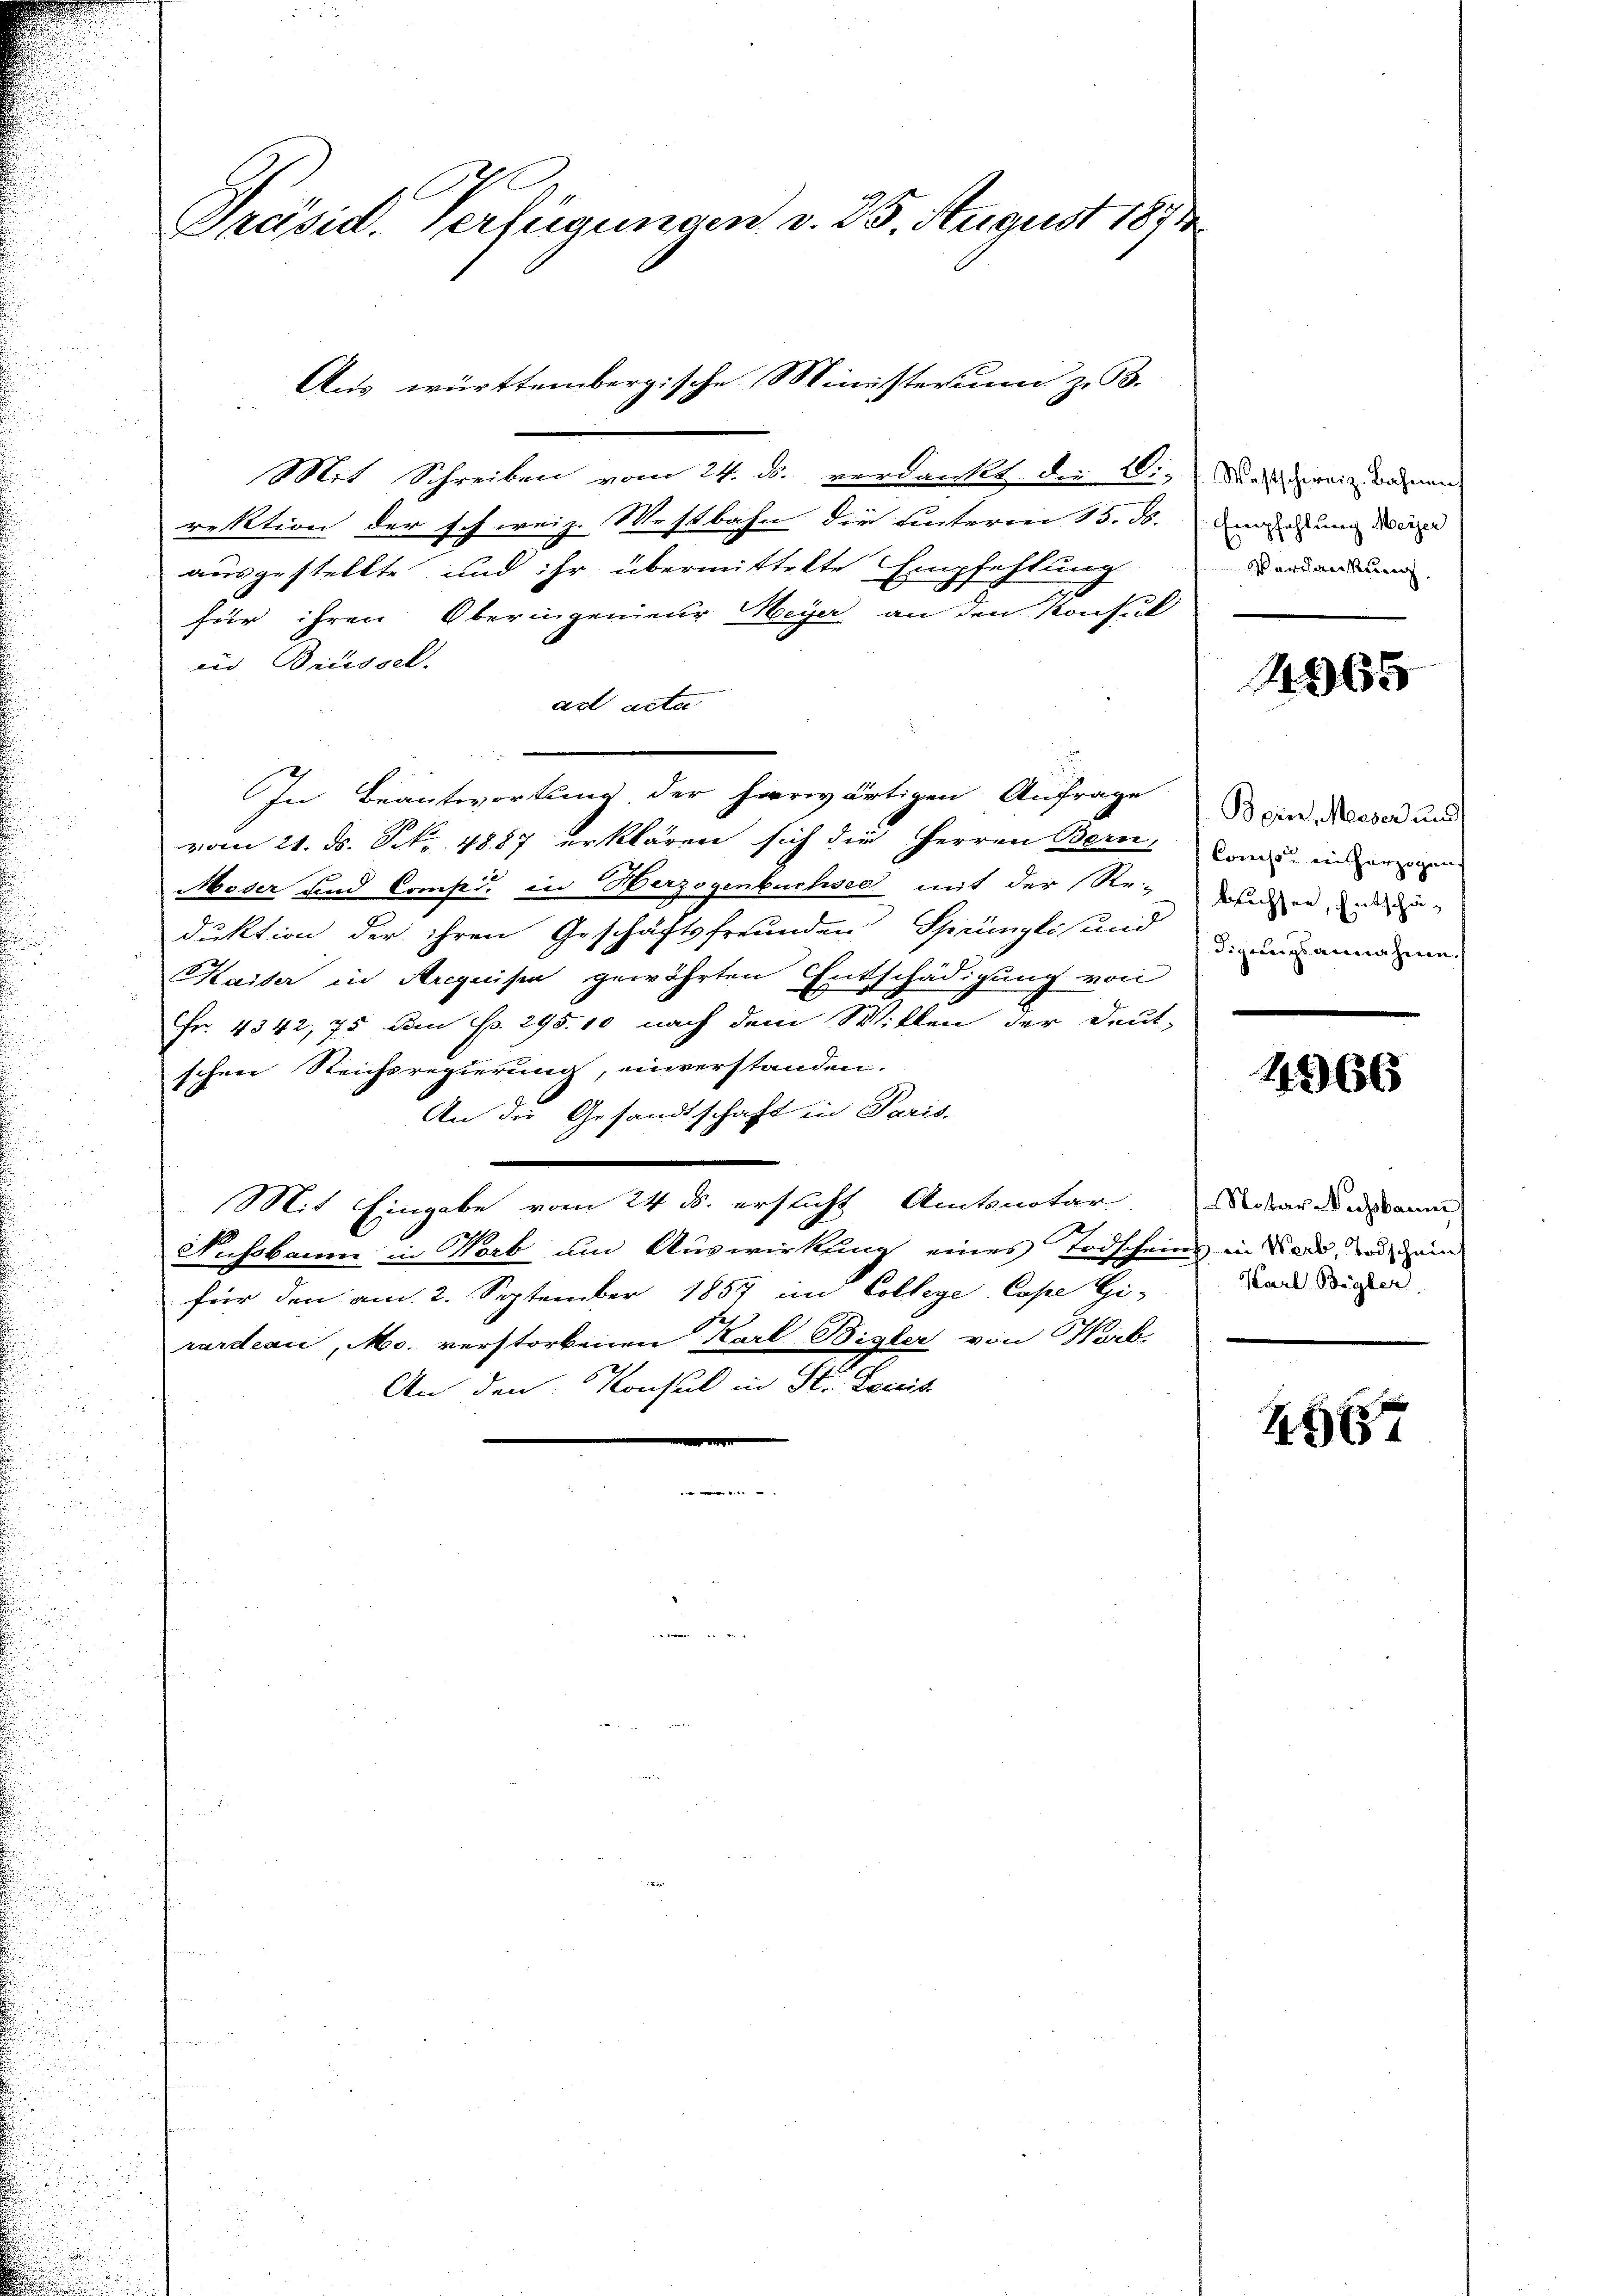
Mit Schreiben vom 24. ds. verdankt d. i.
rektion der schweiz. Westbahn die unteren 15. ds.
ausgestellte, und ihr übermittelte Empfehlung
für ihren Oberingenieur Meyer an den Konsul
und Brüssel.
ad acta
In Beantwortung der herwärtigen Anfrage
vom 21. d. S. 4887 erklären sich die Herren Bern,
Moser und Comp. in Herzogenbuchsee mit der Re-
duktion der ihren Geschäftsfreunden Sprünglis und
Maiser in Arequisia gewährten Entschädigung von
Fr. 4342, 75 dem No. 295. 10 nach dem Willen der Deut-
schen Reichsregierung, unverstanden.
An die Gesandtschaft in Paris-
Mit Eingabe vom 24. ds. ersticht Amtsnotar
Ich
Nussbaum in Worb am Auswirkung eines Todscheins in dien, und ein
für den am 2. September 1857 im College, Cope Gi-
e
rardeau, Mo. verstorbenen Karl Bisler von Worb.
An den Konsul in St. Louis

1
Präsid. Verfügungen v. 25. August 1871

Aus württembergische Ministerim z. B.

Westschweiz. Bahnen
 Empfehlung Meier
Verdankung

1965

Bein Meser und
Conclus weitherzogen
bruchsen, Entschädigungsannahme.

14966

Notare Nachsbaum
Karl Bigler

26657